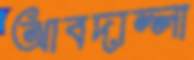
আবদাল্লা